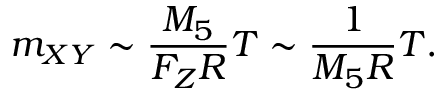
m _ { X Y } \sim { \frac { M _ { 5 } } { F _ { Z } R } } T \sim { \frac { 1 } { M _ { 5 } R } } T .